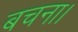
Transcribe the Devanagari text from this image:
बचना।